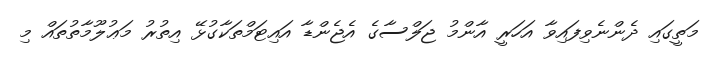
މަތީގައި ދެންނެވިފައިވާ އަހަރީ އާންމު ޖަލްސާގެ އެޖެންޑާ އައިޓަމްތަކާގުޅޭ އިތުރު މަޢުލޫމާތުތައް މި